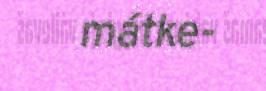
mátke-